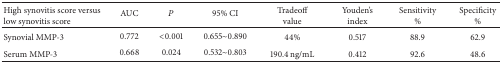
<table><thead><tr><td><b>High synovitis score versus low synovitis score</b></td><td><b>AUC</b></td><td><b><i>P</i></b></td><td><b>95% CI</b></td><td><b>Tradeoff value</b></td><td><b>Youden&#x27;s index</b></td><td><b>Sensitivity%</b></td><td><b>Specificity%</b></td></tr></thead><tbody><tr><td>Synovial MMP-3</td><td>0.772 </td><td>&lt;0.001 </td><td>0.655~0.890 </td><td>44% </td><td>0.517 </td><td>88.9 </td><td>62.9 </td></tr><tr><td>Serum MMP-3</td><td>0.668</td><td>0.024</td><td>0.532~0.803</td><td>190.4 ng/mL</td><td>0.412</td><td>92.6</td><td>48.6</td></tr></tbody></table>